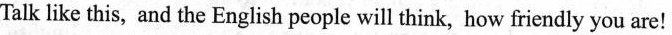
Talk like this，and the English people will think，how friendly you are！